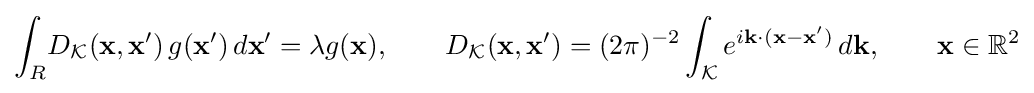
\int _{R}\!D_{\mathcal {K}}(\mathbf {x} ,\mathbf {x} ')\,g(\mathbf {x} ')\,d\mathbf {x} '=\lambda g(\mathbf {x} ),\qquad D_{\mathcal {K}}(\mathbf {x} ,\mathbf {x} ')=(2\pi )^{-2}\int _{\mathcal {K}}e^{i\mathbf {k} \cdot (\mathbf {x} -\mathbf {x} ')}\,d\mathbf {k} ,\qquad \mathbf {x} \in \mathbb {R} ^{2}